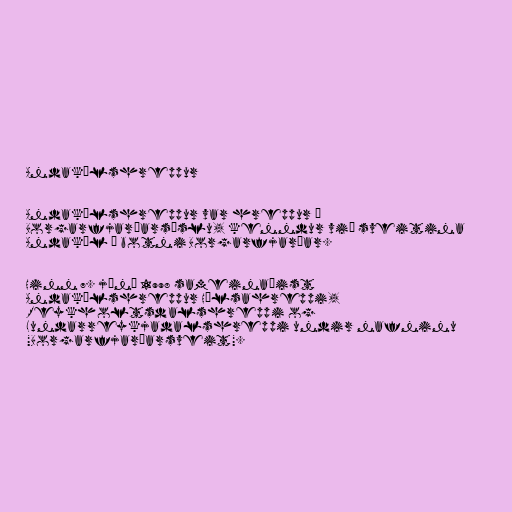
Andakílshreppur

Andakílshreppur var hreppur í
Borgarfjarðarsýslu, kenndur við sveitina
Andakíl í botni Borgarfjarðar.

Hinn 7. júní 1998 sameinaðist
Andakílshreppur Hálsahreppi,
Reykholtsdalshreppi og
Lundarreykjadalshreppi undir nafninu
"Borgarfjarðarsveit".